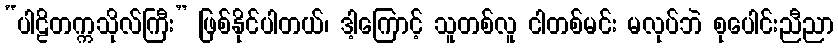
“ပါဠိတက္ကသိုလ်ကြီး” ဖြစ်နိုင်ပါတယ်၊ ဒါ့ကြောင့် သူတစ်လူ ငါတစ်မင်း မလုပ်ဘဲ စုပေါင်းညီညာ